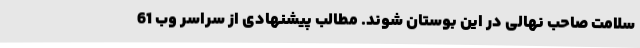
سلامت صاحب نهالی در این بوستان شوند. مطالب پیشنهادی از سراسر وب 61